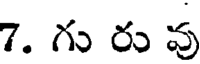
7. గు రు వు